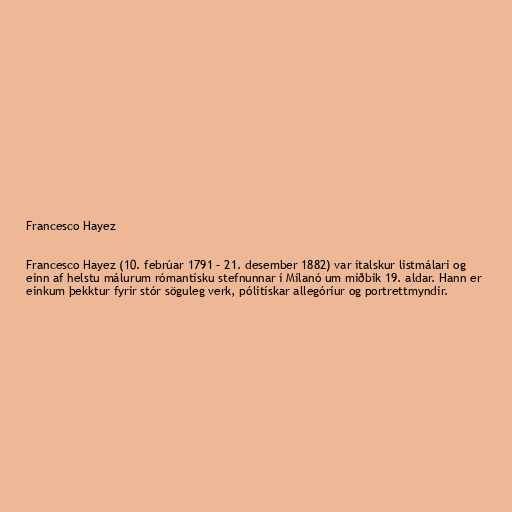
Francesco Hayez

Francesco Hayez (10. febrúar 1791 – 21. desember 1882) var ítalskur listmálari og
einn af helstu málurum rómantísku stefnunnar í Mílanó um miðbik 19. aldar. Hann er
einkum þekktur fyrir stór söguleg verk, pólitískar allegóríur og portrettmyndir.